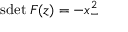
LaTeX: \mathrm { s d e t } \: { \cal F } ( z ) = - x _ { - } ^ { 2 }